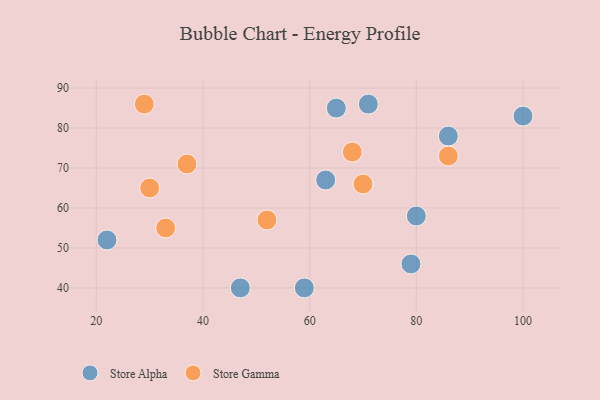
{"axis": {"x": "GDP", "y": "Life Expectancy"}, "legend": ["Store Alpha", "Store Gamma"], "data": [{"x": "71", "y": 86, "type": "Store Alpha"}, {"x": "59", "y": 40, "type": "Store Alpha"}, {"x": "47", "y": 40, "type": "Store Alpha"}, {"x": "100", "y": 83, "type": "Store Alpha"}, {"x": "79", "y": 46, "type": "Store Alpha"}, {"x": "22", "y": 52, "type": "Store Alpha"}, {"x": "80", "y": 58, "type": "Store Alpha"}, {"x": "86", "y": 78, "type": "Store Alpha"}, {"x": "63", "y": 67, "type": "Store Alpha"}, {"x": "65", "y": 85, "type": "Store Alpha"}, {"x": "30", "y": 65, "type": "Store Gamma"}, {"x": "33", "y": 55, "type": "Store Gamma"}, {"x": "68", "y": 74, "type": "Store Gamma"}, {"x": "70", "y": 66, "type": "Store Gamma"}, {"x": "37", "y": 71, "type": "Store Gamma"}, {"x": "52", "y": 57, "type": "Store Gamma"}, {"x": "29", "y": 86, "type": "Store Gamma"}, {"x": "86", "y": 73, "type": "Store Gamma"}]}